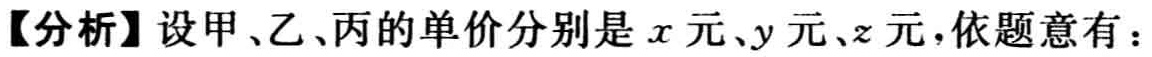
【分析】设甲、乙、丙的单价分别是\(x\)元、\(y\)元、\(z\)元，依题意有：